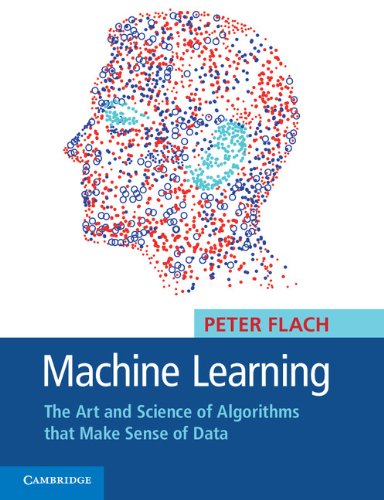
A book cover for Machine Learning: The Art and Science of Algorithms that Make Sense of Data; Peter Flach; Computers & Technology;